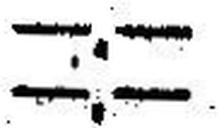
—.—